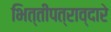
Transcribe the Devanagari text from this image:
भित्तीपत्राव्दारे